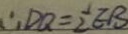
\therefore D Q = \frac { 1 } { 2 } E B